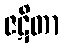
ဇဋိတာ